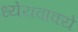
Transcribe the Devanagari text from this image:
ध्येयवाक्ये